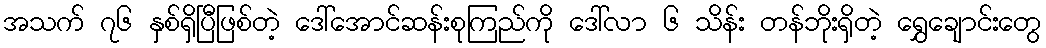
အသက် ၇၆ နှစ်ရှိပြီဖြစ်တဲ့ ဒေါ်အောင်ဆန်းစုကြည်ကို ဒေါ်လာ ၆ သိန်း တန်ဘိုးရှိတဲ့ ရွှေချောင်းတွေ